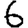
Digit: 6